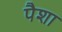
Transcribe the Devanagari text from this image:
पैशा